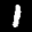
Label: 1